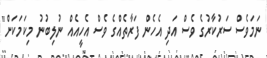
ނަމަވެސް ސަރުކާރުގެ ވެސް އަދި އެހެން ފަރާތެއްގެ ވެސް އެހީއެއް ނުލިބުނު މިކަމަކަށް"